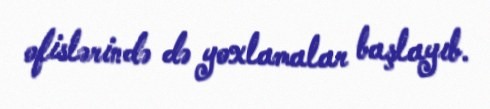
ofislərində də yoxlamalar başlayıb.